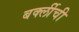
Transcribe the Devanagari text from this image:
बर्क्लीची